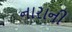
નારાની